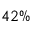
4 2 \%